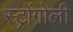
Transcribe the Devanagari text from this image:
स्ट्रोंगोली